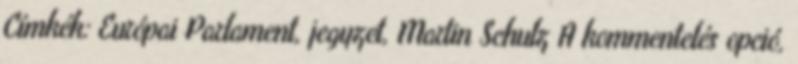
Címkék: Európai Parlament, jegyzet, Martin Schulz A kommentelés opció,